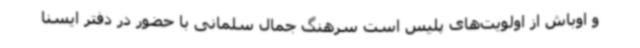
و اوباش از اولویت‌های پلیس است سرهنگ جمال سلمانی با حضور در دفتر ایسنا